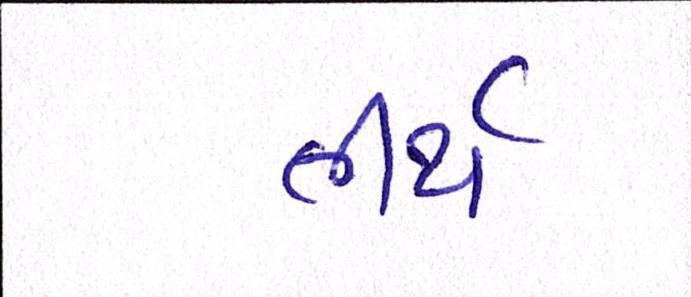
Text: તીર્થ